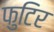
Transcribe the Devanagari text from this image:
फुटिर